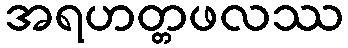
အရဟတ္တဖလဿ